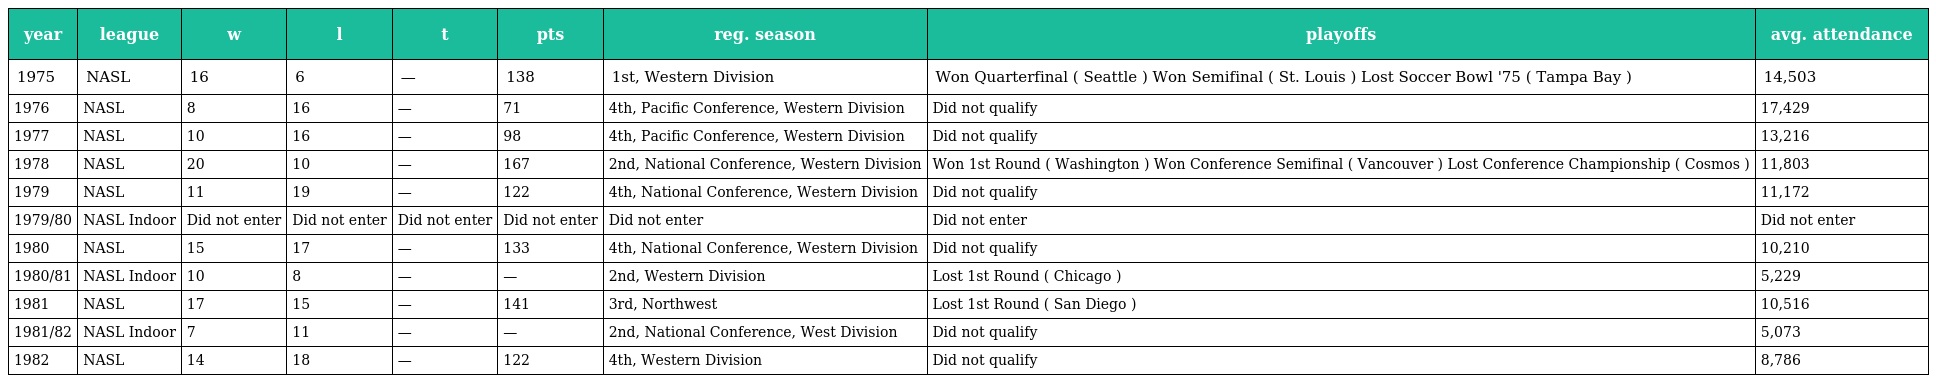
| year | league | w | l | t | pts | reg. season | playoffs | avg. attendance |
 | --- | --- | --- | --- | --- | --- | --- | --- | --- |
 | 1975 | NASL | 16 | 6 | — | 138 | 1st, Western Division | Won Quarterfinal ( Seattle ) Won Semifinal ( St. Louis ) Lost Soccer Bowl '75 ( Tampa Bay ) | 14,503 |
 | 1976 | NASL | 8 | 16 | — | 71 | 4th, Pacific Conference, Western Division | Did not qualify | 17,429 |
 | 1977 | NASL | 10 | 16 | — | 98 | 4th, Pacific Conference, Western Division | Did not qualify | 13,216 |
 | 1978 | NASL | 20 | 10 | — | 167 | 2nd, National Conference, Western Division | Won 1st Round ( Washington ) Won Conference Semifinal ( Vancouver ) Lost Conference Championship ( Cosmos ) | 11,803 |
 | 1979 | NASL | 11 | 19 | — | 122 | 4th, National Conference, Western Division | Did not qualify | 11,172 |
 | 1979/80 | NASL Indoor | Did not enter | Did not enter | Did not enter | Did not enter | Did not enter | Did not enter | Did not enter |
 | 1980 | NASL | 15 | 17 | — | 133 | 4th, National Conference, Western Division | Did not qualify | 10,210 |
 | 1980/81 | NASL Indoor | 10 | 8 | — | — | 2nd, Western Division | Lost 1st Round ( Chicago ) | 5,229 |
 | 1981 | NASL | 17 | 15 | — | 141 | 3rd, Northwest | Lost 1st Round ( San Diego ) | 10,516 |
 | 1981/82 | NASL Indoor | 7 | 11 | — | — | 2nd, National Conference, West Division | Did not qualify | 5,073 |
 | 1982 | NASL | 14 | 18 | — | 122 | 4th, Western Division | Did not qualify | 8,786 |